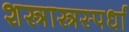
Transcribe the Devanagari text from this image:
शस्त्रास्त्रस्पर्धा